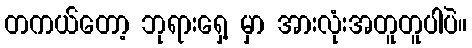
တကယ်တော့ ဘုရားရှေ့ မှာ အားလုံးအတူတူပါပဲ။